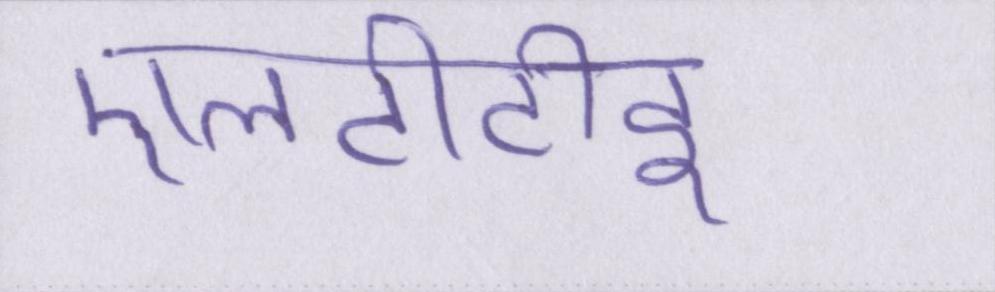
एलटीटीइ